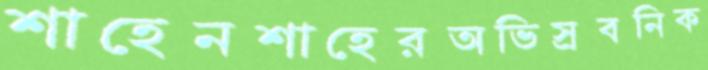
শাহেনশাহেরঅভিস্রবনিক